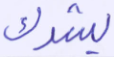
يشرك